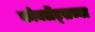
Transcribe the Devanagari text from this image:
कोबलेंट्सच्या